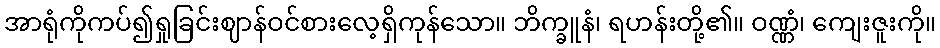
အာရုံကိုကပ်၍ရှုခြင်းဈာန်ဝင်စားလေ့ရှိကုန်သော။ ဘိက္ခူနံ၊ ရဟန်းတို့၏။ ဝဏ္ဏံ၊ ကျေးဇူးကို။